Scottish Certificate of Education, 1963
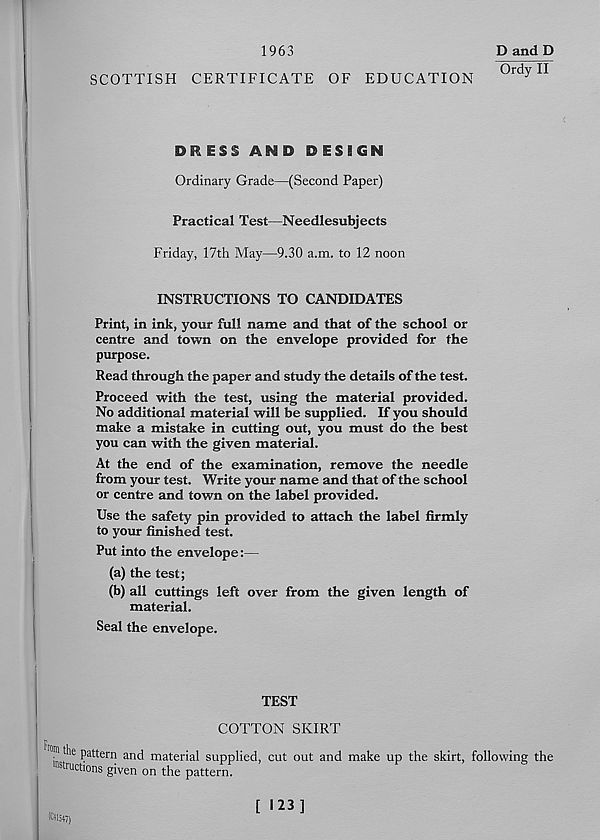
1963
SCOTTISH CERTIFICATE OF EDUCATION
D and D
Ordy II
DRESS AND DESIGN
Ordinary Grade—(Second Paper)
Practical Test—Needlesubjects
Friday, 17th May—9.30 a.m. to 12 noon
INSTRUCTIONS TO CANDIDATES
Print, in ink, your full name and that of the school or
centre and town on the envelope provided for the
purpose.
Read through the paper and study the details of the test.
Proceed with the test, using the material provided.
No additional material will be supplied. If you should
make a mistake in cutting out, you must do the best
you can with the given material.
At the end of the examination, remove the needle
from your test. Write your name and that of the school
or centre and town on the label provided.
Use the safety pin provided to attach the label firmly
to your finished test.
Put into the envelope:—
(a) the test;
(b) all cuttings left over from the given length of
material.
Seal the envelope.
TEST
COTTON SKIRT
he pattern and material supplied, cut out and make up the skirt, following the
"Auctions given on the pattern.
[ 123]